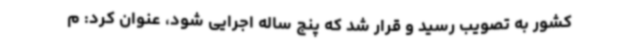
کشور به تصویب رسید و قرار شد که پنج ساله اجرایی شود، عنوان کرد: م